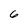
Character: 6